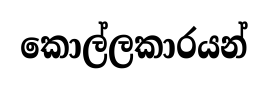
කොල්ලකාරයන්